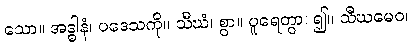
သော။ အဒ္ဓါနံ၊ ပဒေသကို။ သီဃံ၊ စွာ။ ပူရေတွာ၊ ၍။ သီဃမေဝ၊